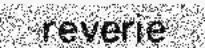
reverie